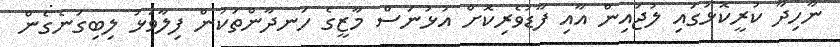
ނާހިދާ ކުރީކޮޅުގައި ލުޖައިން އާއި ފާޑުވެރިކޮށް އުޅުނަސް މާޒީގެ ހަނދާންތަކުން ފިލާވަޅު ލިބިގަނެގެން